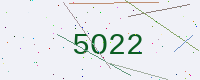
Text: 5O22